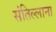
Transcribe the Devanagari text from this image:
संतिल्लाना